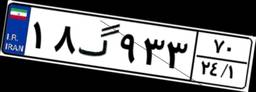
۸۸گ۱۴۰۵۴